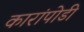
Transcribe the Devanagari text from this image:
कारांपोडी